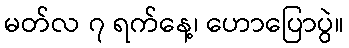
မတ်လ ၇ ရက်နေ့၊ ဟောပြောပွဲ။